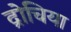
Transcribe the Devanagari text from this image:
द्रोचिया